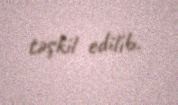
təşkil edilib.